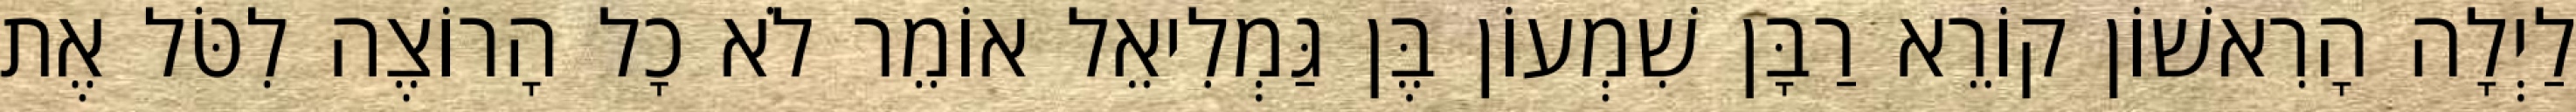
לַיְלָה הָרִאשׁוֹן קוֹרֵא רַבָּן שִׁמְעוֹן בֶּן גַּמְלִיאֵל אוֹמֵר לֹא כָל הָרוֹצֶה לִטֹּל אֶת